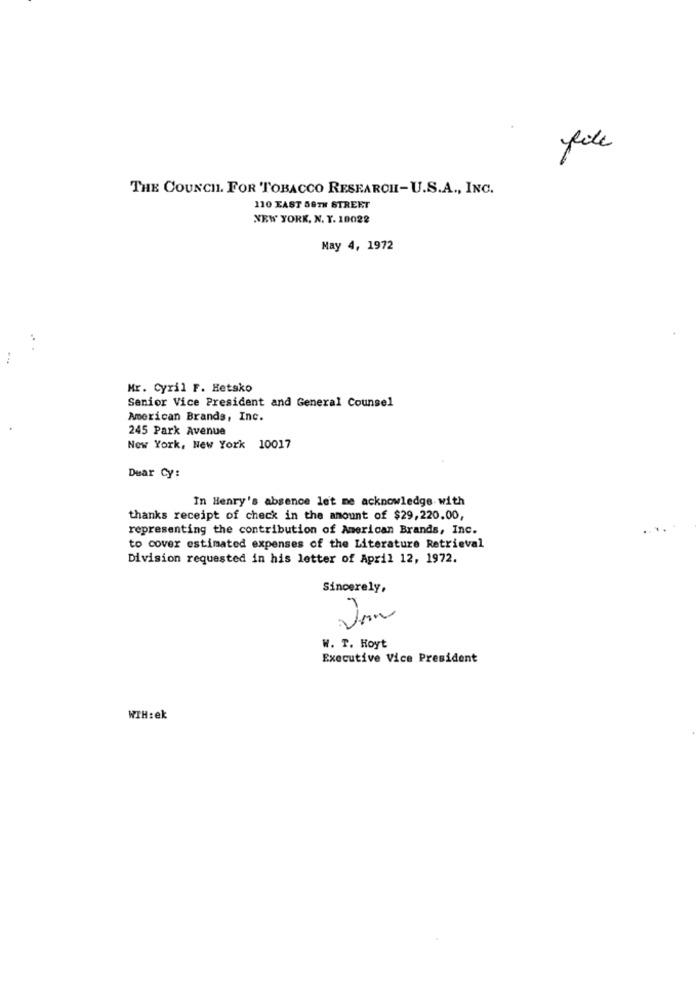
file
THE COUNCIL. FOR TOBACCO RESEARCHI-U.S.A ., INC.
110 EAST 58TH STREET
NEW YORK, N. Y. 10022
May 4, 1972
..
Mr. Cyril F. Hetsko
Senior Vice President and General Counsel
American Brands, Inc.
245 Park Avenue
New York, New York 10017
Dear Cy:
In Henry's absence let me acknowledge with
thanks receipt of check in the amount of $29,220.00,
representing the contribution of American Brands, Inc.
to cover estimated expenses of the Literature Retrieval
Division requested in his letter of April 12, 1972.
Sincerely,
W. T. Hoyt
Executive Vice President
WTH:ek